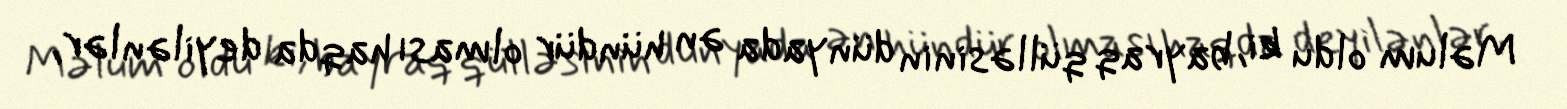
Məlum oldu ki, bayraq qülləsinin dünyada ən hündür olması haqda deyilənlər,